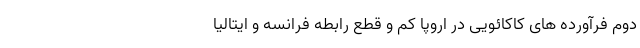
دوم فرآورده های کاکائویی در اروپا کم و قطع رابطه فرانسه و ایتالیا